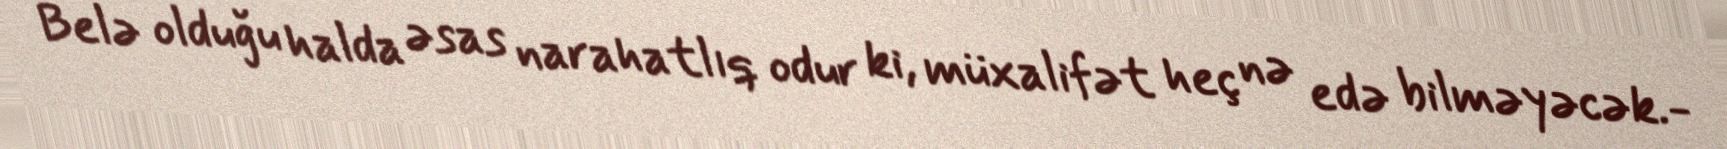
Belə olduğu halda əsas narahatlıq odur ki, müxalifət heç nə edə bilməyəcək.-